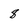
Character: 8